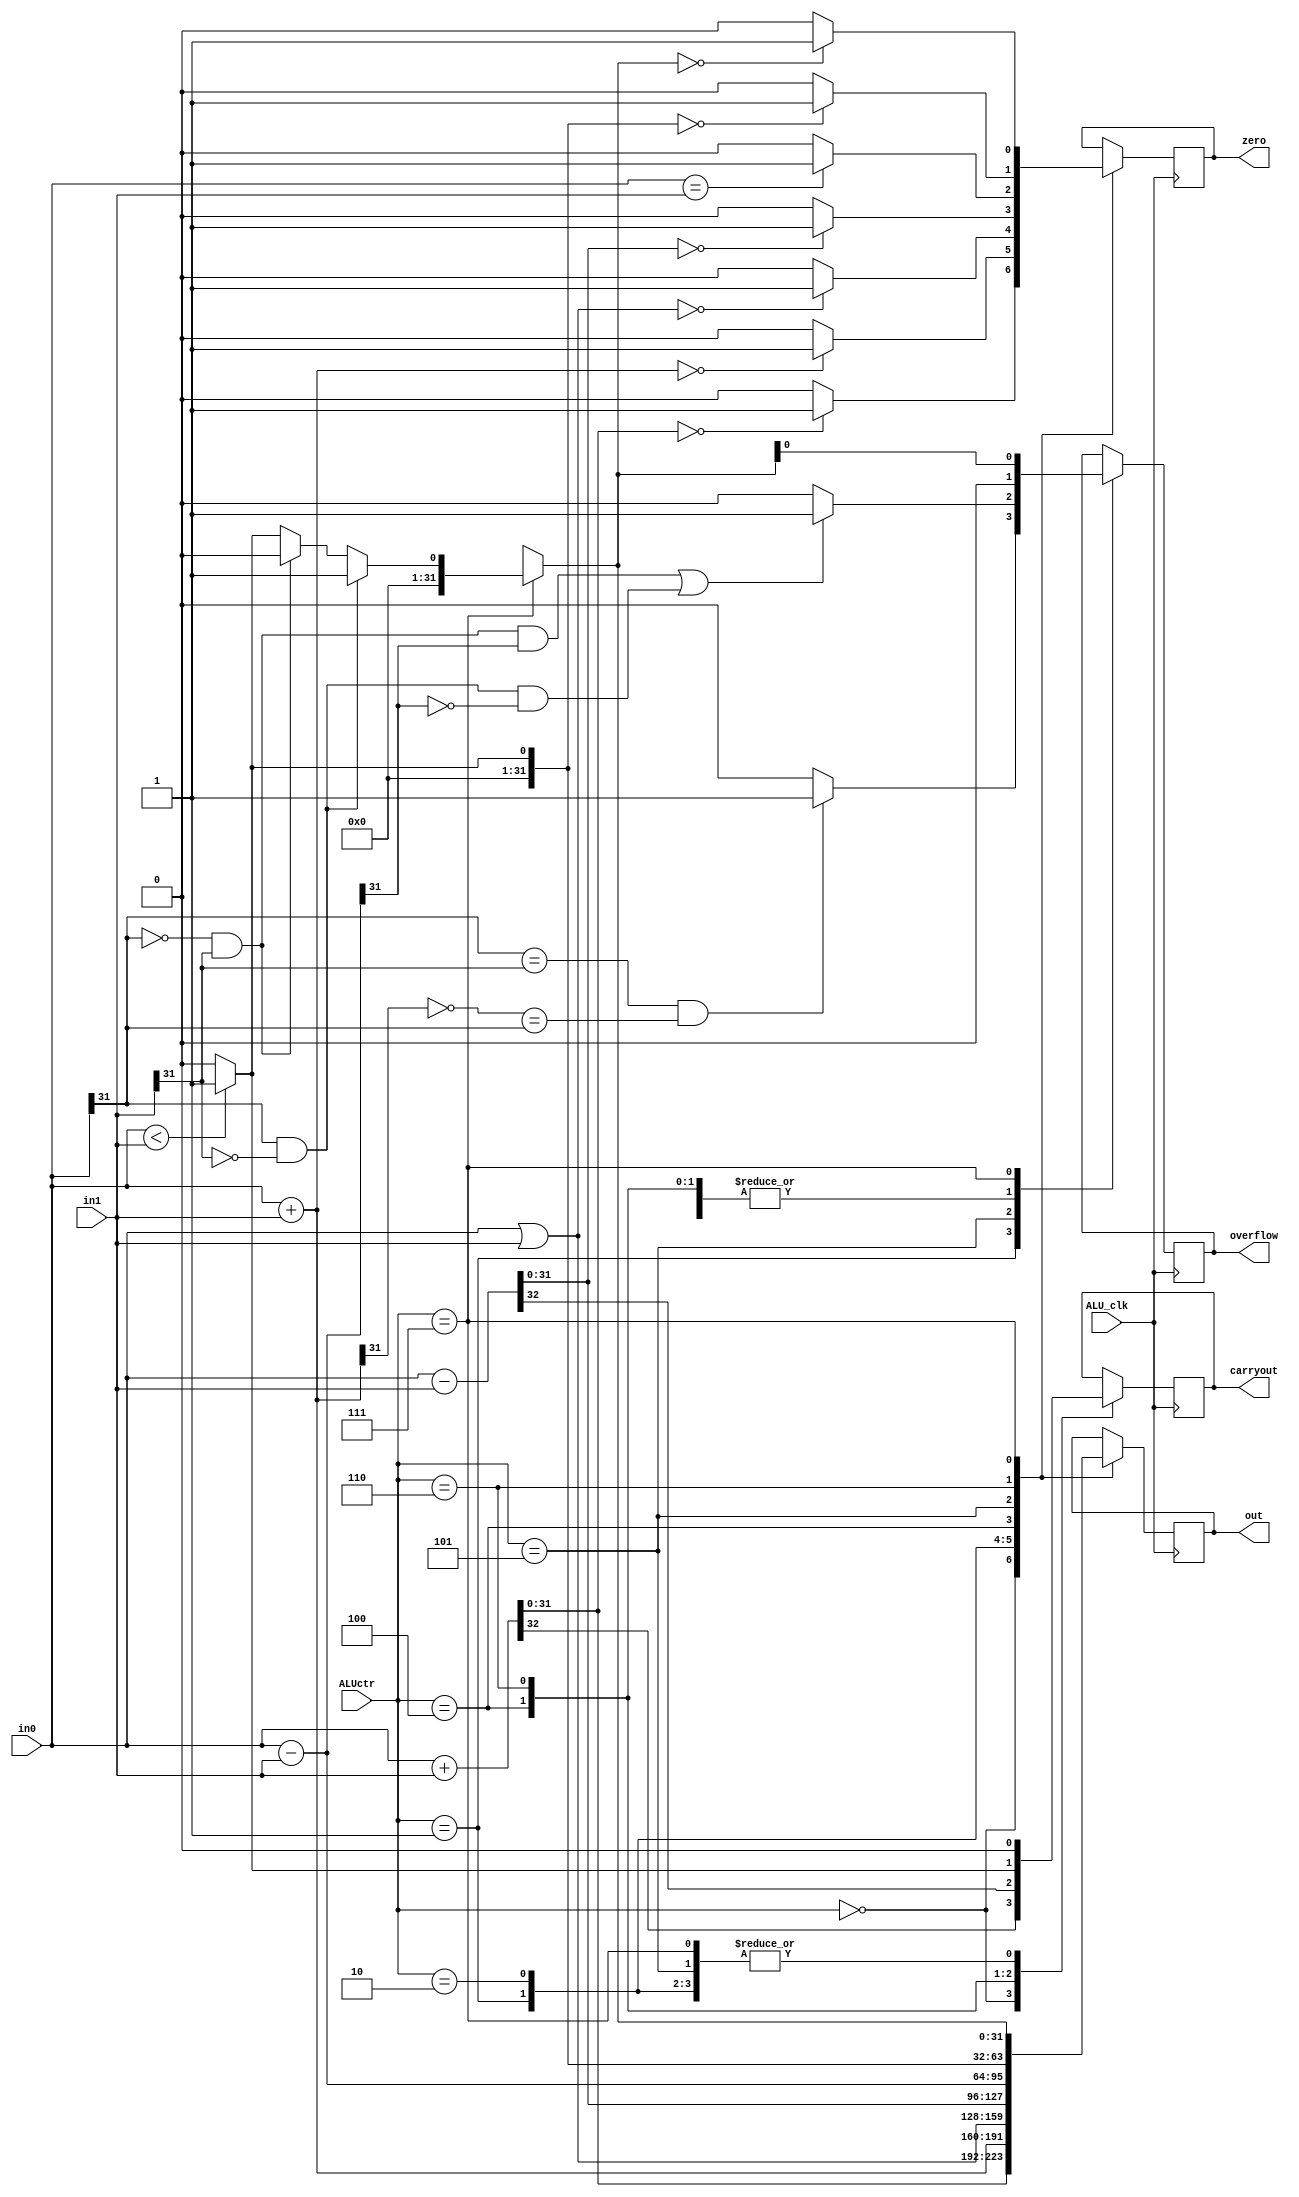
`timescale 1ns / 1ps
module ALU32(
ALU_clk,ALUctr,in0,in1,
carryout,overflow,zero,out
    );
    input ALU_clk;
    input [31:0] in0,in1;
    input [2:0] ALUctr;//ALU
    output reg[31:0] out;
    output reg carryout,overflow,zero;
   
always@(posedge ALU_clk)
begin
    case(ALUctr)
        //addu
        3'b000:
            begin
            {carryout,out}=in0+in1;
            zero=(out==0)?1:0;
            overflow=0;
            end
            
        //add
        3'b001:
            begin
            out=in0+in1;
            overflow=((in0[31]==in1[31])&&(~out[31]==in0[31]))?1:0;
            zero=(out==0)?1:0;
            carryout=0;
            end
        //or
        3'b010:
            begin
            out=in0|in1;
            zero=(out==0)?1:0;
            carryout=0;
            overflow=0;
            end
        //subu
        3'b100:
            begin
            {carryout,out}=in0-in1;
            zero=(out==0)?1:0;
            overflow=0;
            end
        //sub
        3'b101:
            begin
            out=in0-in1;
            overflow=((in0[31]==0&&in1[31]==1&&out[31]==1)||(in0[31]==1&&in1[31]==0&&out[31]==0))?1:0;
            zero=(in0==in1)?1:0;
            carryout=0;
            end
        //sltu
        3'b110:
            begin
                out=(in0<in1)?1:0;
                carryout=out;
                zero=(out==0)?1:0;
                overflow=0;
            end
        //slt
        3'b111:
            begin                        
            if(in0[31]==1&&in1[31]==0)
                out=1;
            else if(in0[31]==0&&in1[31]==1)
                out=0;
            else 
                out=(in0<in1)?1:0;
           overflow=out; 
           zero=(out==0)?1:0;
           carryout=0;              
           end
        /*
        //and
        11'b00000100100:
            begin
            out=in0&in1;
            zero=(out==0)?1:0;
            carryout=0;
            overflow=0;
            end
       
        //xor
        11'b00000100110:
            begin
            out=in0^in1;
            zero=(out==0)?1:0;
            carryout=0;
            overflow=0;
            end
        //nor
        11'b00000100111:
            begin
            out=~(in0|in1);
            zero=(out==0)?1:0;
            carryout=0;
            overflow=0;
            end
        
        //shl
        11'b00000000100:
            begin
            {carryout,out}=in0<<in1;
            overflow=0;
            zero=(out==0)?1:0;
            end
        //shr
        11'b00000000110:
            begin
            out=in0>>in1;
            carryout=in0[in1-1];
            overflow=0;
            zero=(out==0)?1:0;
            end
        //sar
        11'b00000000111:
            begin
            out=($signed(in0))>>>in1;
            carryout=in0[in1-1];
            overflow=0;
            zero=(out==0)?1:0;
            end
        */
    endcase
end
endmodule